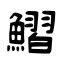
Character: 鰼